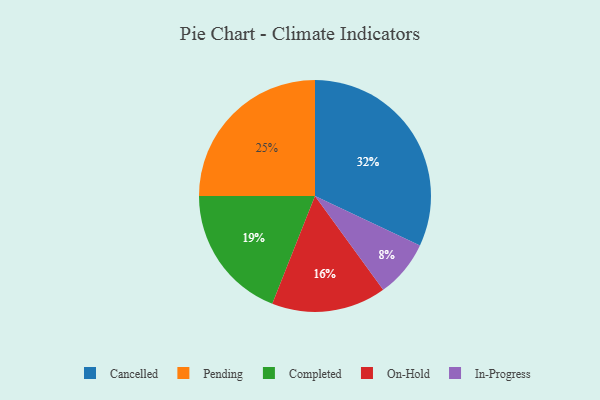
{"axis": {"x": "Category", "y": "Percentage"}, "legend": ["Cancelled", "Completed", "In-Progress", "On-Hold", "Pending"], "data": [{"x": "In-Progress", "y": 8, "type": "In-Progress"}, {"x": "Cancelled", "y": 32, "type": "Cancelled"}, {"x": "On-Hold", "y": 16, "type": "On-Hold"}, {"x": "Completed", "y": 19, "type": "Completed"}, {"x": "Pending", "y": 25, "type": "Pending"}]}